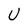
Character: U